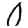
Digit: 0